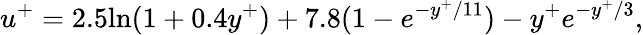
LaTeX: u^{+}=2.5\mathrm{ln}(1+0.4y^{+})+7.8(1-e^{-y^{+}/11})-y^{+}e^{-y^{+}/3},